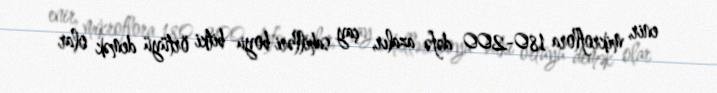
enir, mikroflora 180-200 dəfə azalır, çay sahilləri boyu bitki örtüyü demək olar